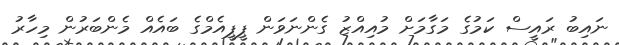
ނައިބު ރައީސް ކަމުގެ މަގާމަށް މުއިއްޒު ގެންނަވަން ޕީޕީއެމްގެ ބައެއް މެންބަރުން މިހާރު